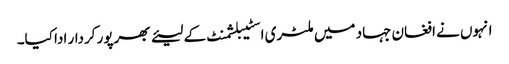
انہوں نے افغان جہاد میں ملٹری اسٹیبلشمنٹ کے لیئے بھرپور کردار ادا کیا۔